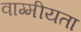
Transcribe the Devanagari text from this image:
वाग्मीयता